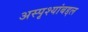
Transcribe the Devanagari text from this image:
अस्पृश्यांबद्दल